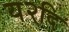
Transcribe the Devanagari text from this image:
य२दि